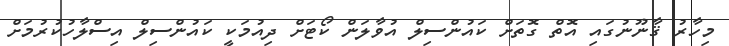
މިހާރު ޤާނޫނުގައި އޮތް ގޮތަށް ކައުންސިލް އުވާލަން ކޯޓަށް ދިއުމަކީ ކައުންސިލް އިސްލާހުކުރުމަށް